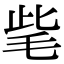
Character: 𣭁